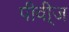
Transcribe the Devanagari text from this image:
पीवी्ज